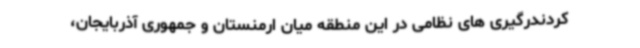
کردندرگیری های نظامی در این منطقه میان ارمنستان و جمهوری آذربایجان،